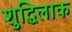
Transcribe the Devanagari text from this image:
शुद्धिलाक